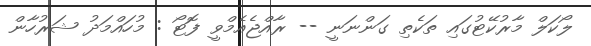
ލޯކަލް މާރުކޭޓުގައި ތަކެތި ގަންނަނީ -- ރާއްޖެއެމްވީ ފޮޓޯ : މުހައްމަދު ޝަރުހާން